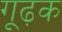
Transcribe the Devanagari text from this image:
गूढ़क